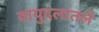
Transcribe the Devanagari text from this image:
वायुदलातले